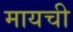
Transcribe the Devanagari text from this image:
मायची